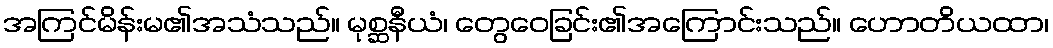
အကြင်မိန်းမ၏အသံသည်။ မုစ္ဆနီယံ၊ တွေဝေခြင်း၏အကြောင်းသည်။ ဟောတိယထာ၊